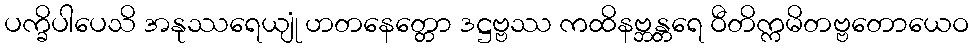
ပက္ခိပါပေသိ အနုဿရေယျုံ ဟတနေတ္တော ဒဋ္ဌဗ္ဗဿ ကထိနဗ္ဘန္တရေ ဝီတိက္ကမိတဗ္ဗတောယေဝ